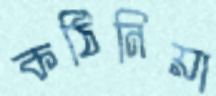
কঠিনিয়া